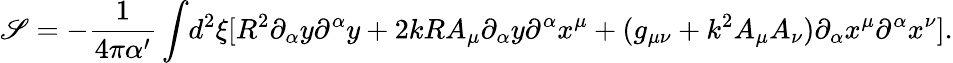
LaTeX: \mathscr{S}=-\frac{{1}}{{4\pi\alpha^{\prime}}}\int\! {{d^{2}}\xi}[{R^{2}}{\partial_{\alpha}}{y}{\partial^{\alpha}}{y}+2kR{A_{\mu}}{\partial_{\alpha}}{y}{\partial^{\alpha}}{x^{\mu}}+(g_{\mu\nu}+{k^{2}}{A_{\mu}}{A_{\nu}}){\partial_{\alpha}}{x^{\mu}}{\partial^{\alpha}}{x^{\nu}}].